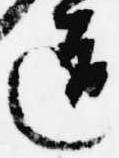
道